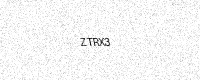
Text: ZTRX3